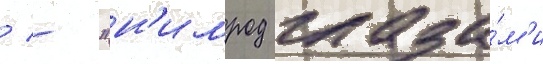
/ - "н'имрод глаза́м'и